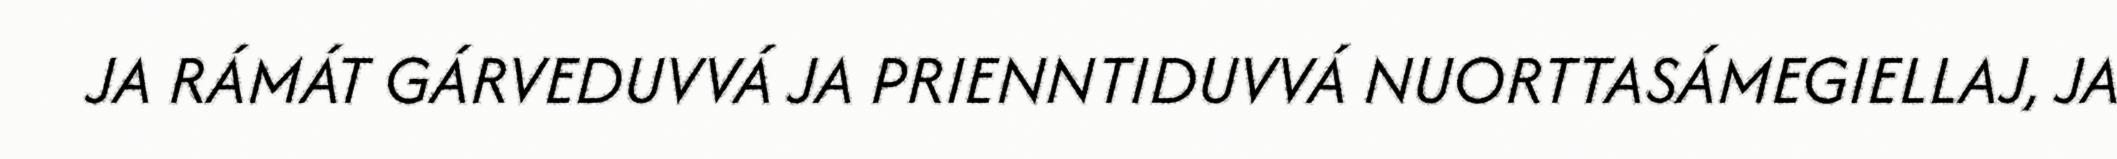
JA RÁMÁT GÁRVEDUVVÁ JA PRIENNTIDUVVÁ NUORTTASÁMEGIELLAJ, JA